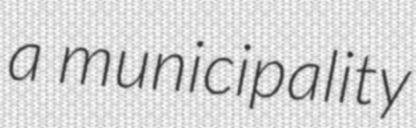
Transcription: a municipality